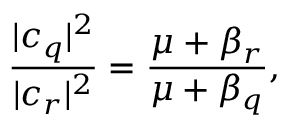
\frac { | c _ { q } | ^ { 2 } } { | c _ { r } | ^ { 2 } } = \frac { \mu + \beta _ { r } } { \mu + \beta _ { q } } ,